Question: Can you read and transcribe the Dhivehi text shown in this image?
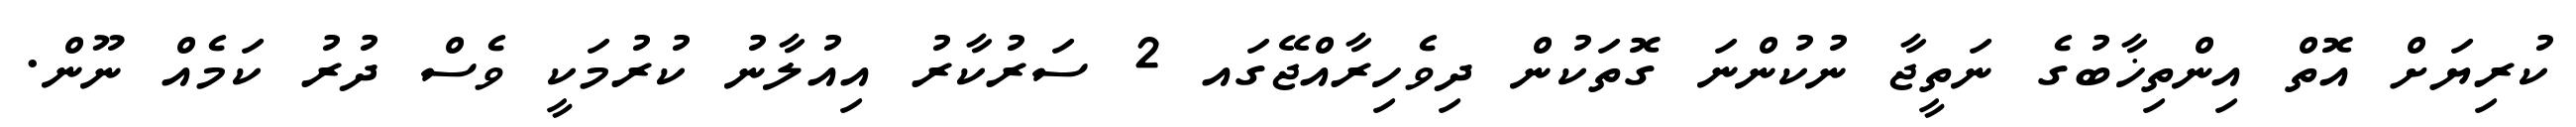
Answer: ކުރިޔަށް އޮތް އިންތިޚާބުގެ ނަތީޖާ ނުކުންނަ ގޮތަކުން ދިވެހިރާއްޖޭގައ 2 ސަރުކާރު އިއުލާނު ކުރުމަކީ ވެސް ދުރު ކަމެއް ނޫން.